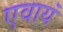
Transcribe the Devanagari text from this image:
एवायं